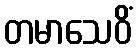
တမာသေဝိံ